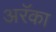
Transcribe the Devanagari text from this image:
अरॅका